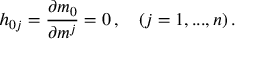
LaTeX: h _ { 0 j } = \frac { \partial m _ { 0 } } { \partial m ^ { j } } = 0 \, , \quad ( j = 1 , . . . , n ) \, .